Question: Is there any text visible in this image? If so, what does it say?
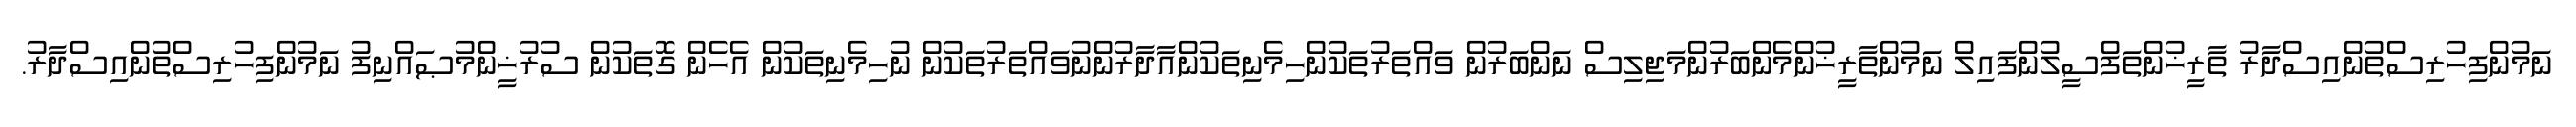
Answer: ނަމުންފިހުރިސްތުންއިސްދާރު ތާރީޚުންތަފްސީލުންފައިލް ނަމުންތާރީޚުންމެންބަރުންމަޖިލިސް ނަންބަރުން ވައްތަރުތަކުންހިމެނިތަކުންއާދާރުންނުވައްތަރުތަކުން ނުހިމެނިތަކުން އެހެން ގޮތަކުން ސުރުޚީންމުޞައްނިފު ނަމުންފިހުރިސްތުންއިސްދާރު.